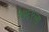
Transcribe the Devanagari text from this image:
१७६९ला